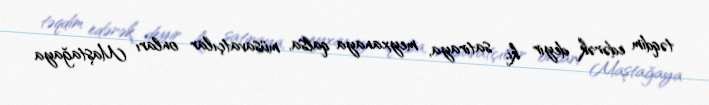
təqdim edərək deyir ki, satiraya, meyxanaya qalsa, müsavatçılar onları Maştağaya